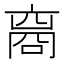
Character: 𬽘